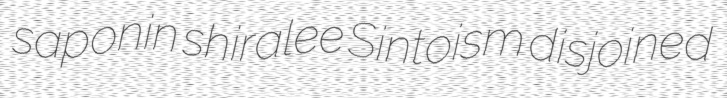
saponin shiralee Sintoism disjoined